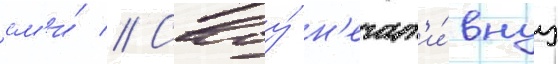
см'и́ // Своу́ н'егат'и́внуу